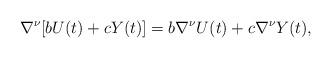
LaTeX: \begin{align*}\nabla^{\nu}[bU(t)+cY(t)]=b\nabla^{\nu}U(t)+c\nabla^{\nu}Y(t),\end{align*}